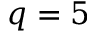
q = 5